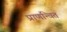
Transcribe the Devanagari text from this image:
प्राणन्वित